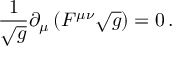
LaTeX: { \frac { 1 } { \sqrt g } } \partial _ { \mu } \left( F ^ { \mu \nu } \sqrt { g } \right) = 0 \, .